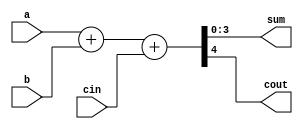
module plus_adder_4(
    input wire [3:0] a,
    input wire [3:0] b,
    input wire cin,
    output wire [3:0] sum,
    output wire cout
);

wire [4:0] tmp;

assign tmp = a + b + cin;
assign sum = tmp[3:0];
assign cout = tmp[4];

endmodule